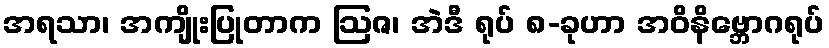
အရသာ၊ အကျိုးပြုတာက ဩဇ၊ အဲဒီ ရုပ် ၈-ခုဟာ အဝိနိဗ္ဘောဂရုပ်